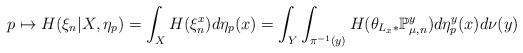
LaTeX: \begin{align*}p\mapsto H(\xi_{n}|X,\eta_{p})=\int_{X}H(\xi_{n}^{x})d\eta_{p}(x)=\int_{Y}\int_{\pi^{-1}(y)}H(\theta_{L_{x}\ast}\mathbb{P}_{\mu,n}^{y})d\eta_{p}^{y}(x)d\nu(y)\end{align*}